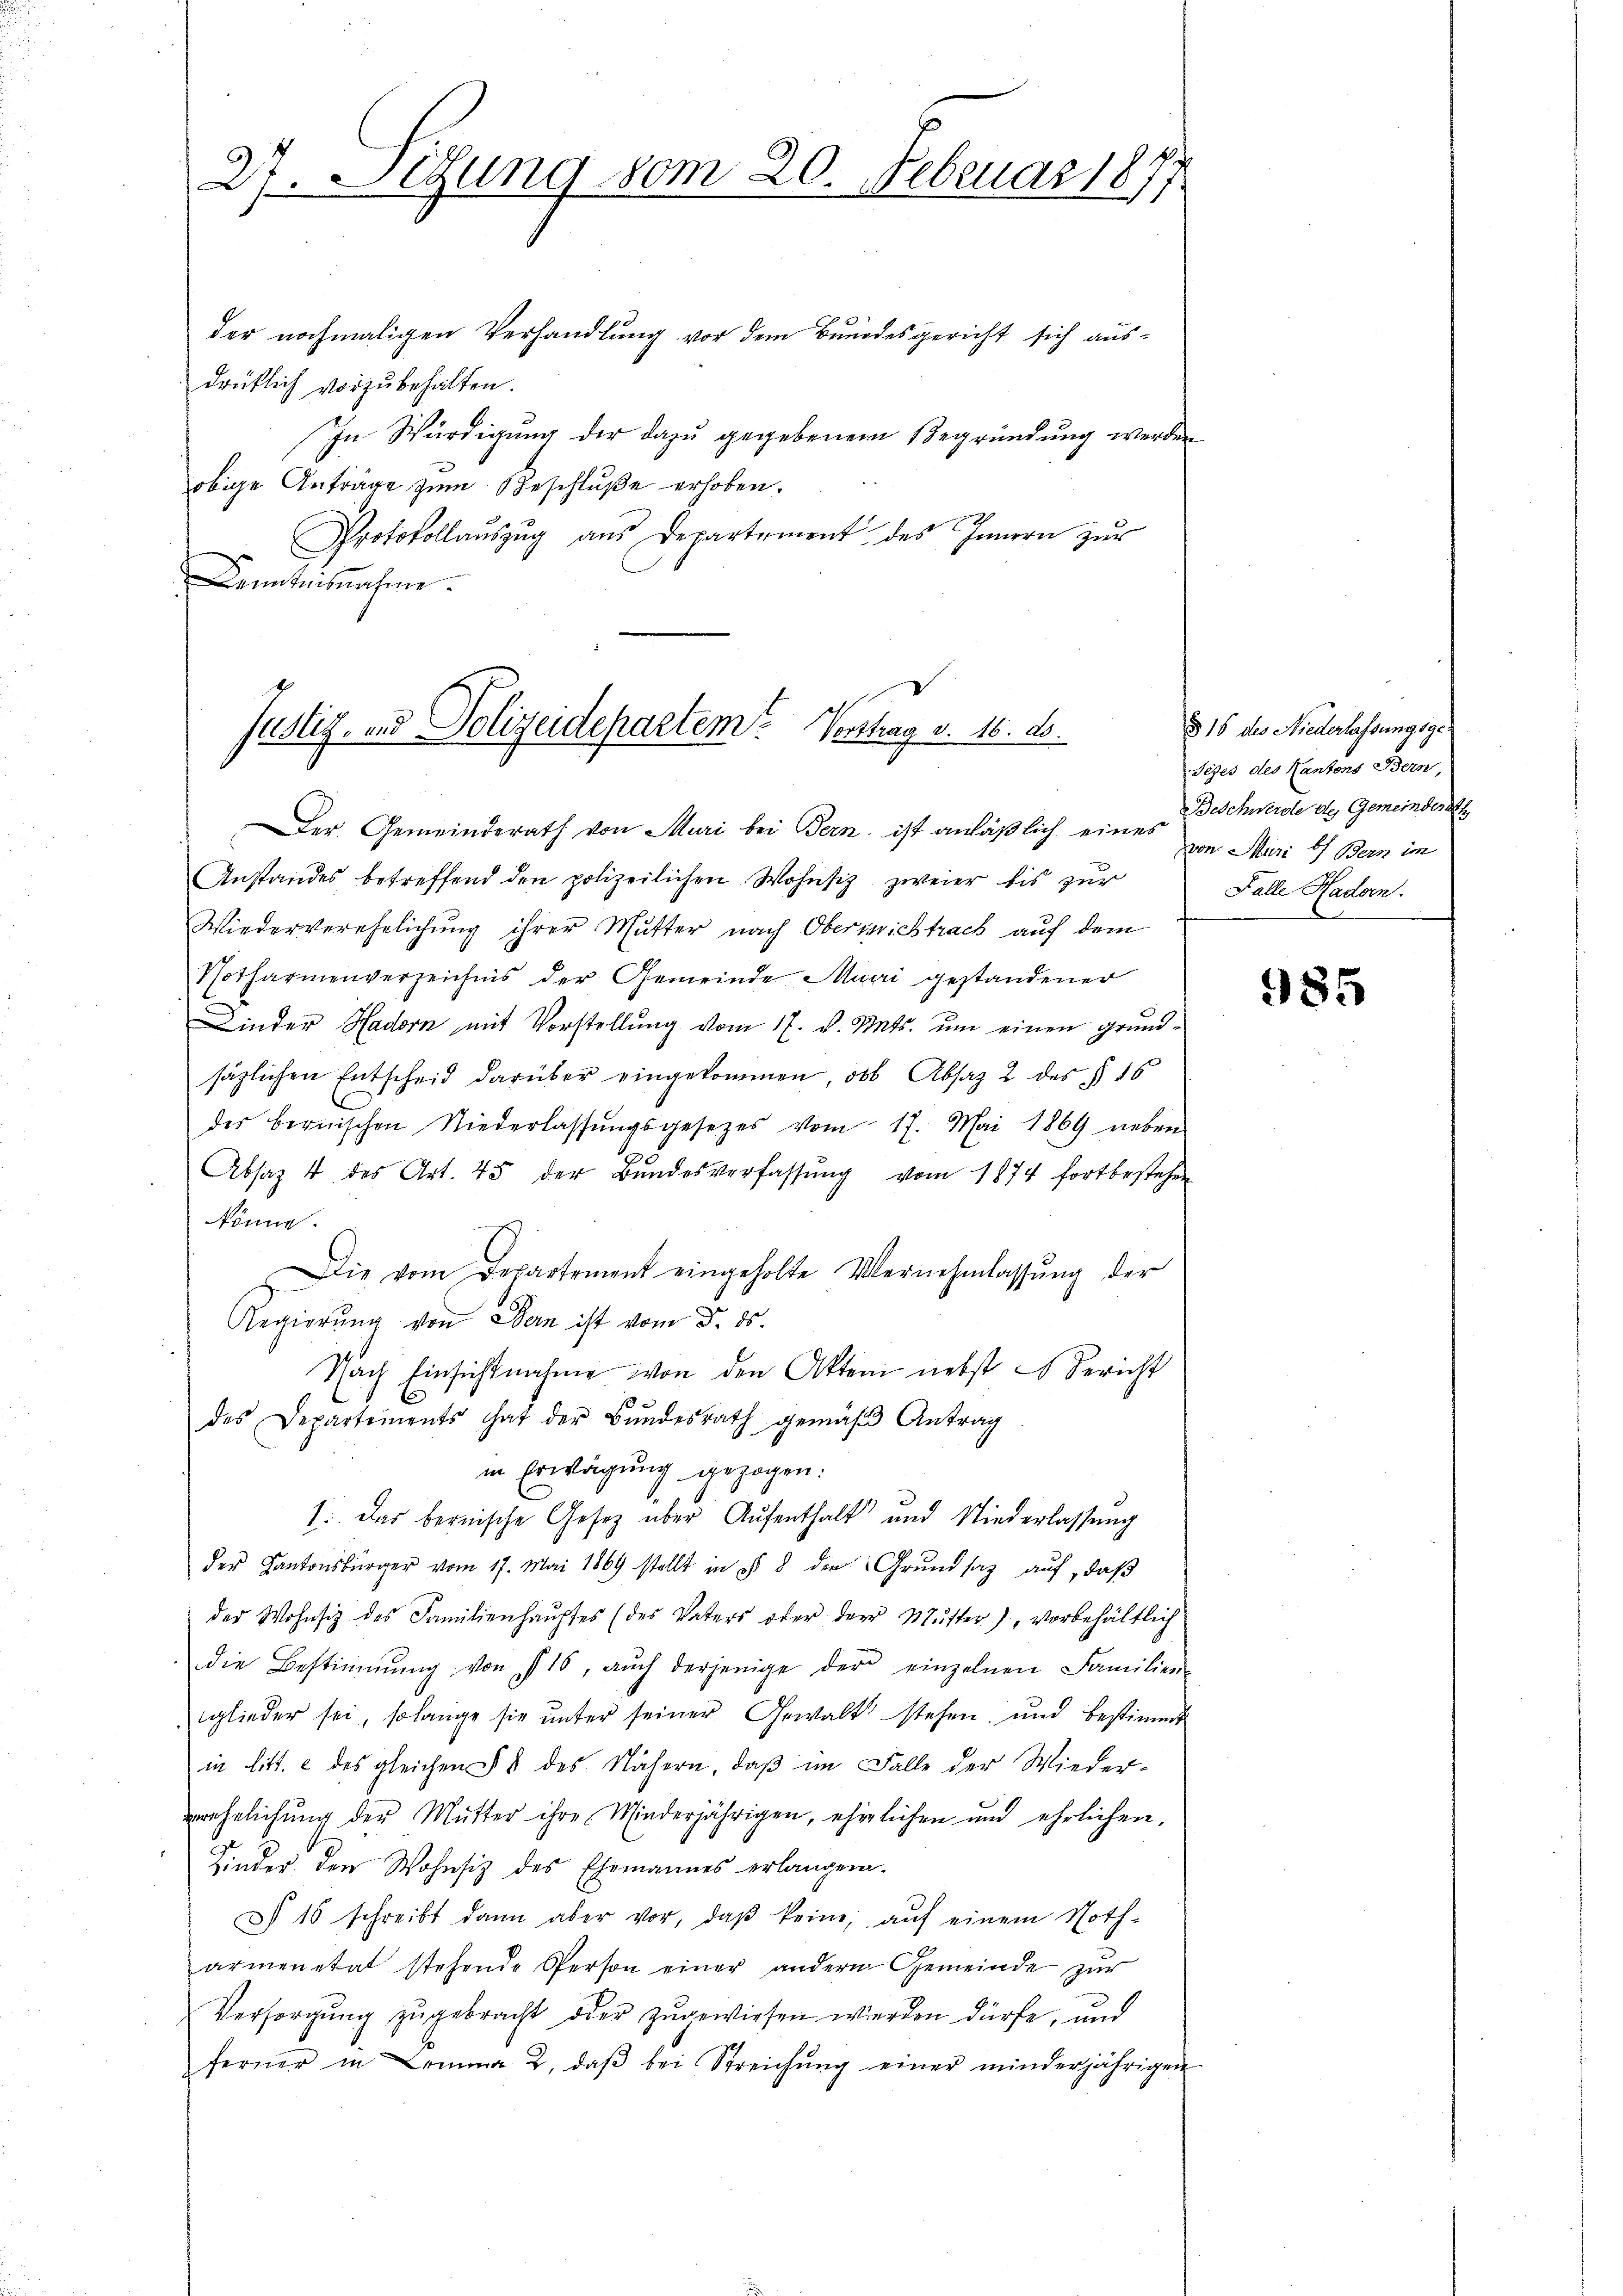
27. Segung vom 20. Februar 1877

der nochmaligen Verhandlung vor dem Bundesgericht sich aus-
drüklich vorzŭbehalten.
In Würdigung der dazu gegebenem Begründung werden
obige Anträge zum Beschluße erhoben.
Protokollaŭszŭg aŭs Departement des Innern zŭr
s
Dentesnahme.

Justiz- und Polizeidepartem Vorstag v. 16. ds.

Der Gemeinderath von Muri bei Bern, ist anläßlich eines
Anstandes betreffend den polizeilichen Wohnsiz zweier bis zur
Wiederverehelichung ihrer Mutter nach Obersichtrack auf dem
Potharmenverzeichnis der Gemeinde Muri gestandener
Linder Hadorn mit Vorstellung vom 17. v. Mts. um einen Grundsäzlichen Entscheid darüber eingekommen, ob Absatz 2 des § 16
des bernischen Niederlassŭngsgesetzes vom 17. Mai 1869 neben
Absaz 4 des Art. 45 der Bŭndesverfassŭng vom 1874 fortbestehen
könne.
Die vom Departement eingeholte Vernehmlassŭng der
Regierŭng von Bern ist vom 8. ds.
Nach Einsichtnahme von den Akten nebst es Bericht
des Departements hat der Bŭndesrath gemäβ Antrag
in Erwägung gezogen.
s. Das bernische Gesetz über Aufenthalt und Niederlassŭng
der Kantonsbürger vom 17. Mai 1869 stellt in § 8 die Grundsatz auf, daß
der Wohnsiz des Familienhaŭptes (des Vaters oder der Mŭtter), vorbehältlich
die Bestimmung von 116, aŭch derjenige der einzelnen Familien-
glieder sei, solange sie unter seiner Gewalt stehen, und bestimmt
in litt. c des gleichen § 8 des Nähern, daß im Falle der Wieder-
verehelichŭng der Mutter ihre Minderjährigen, ehelichen und ehrlichen,
Kinder, den Wohnsitz des Ehemannes erlängern.
§ 16 schreibt dann aber vor, daβ keine, aŭf einem Noth-
armenetat stehende Person einer andern Gemeinde zur
Versorgŭng zugebracht der zugewiesen werden dürfe, und
ferner in Lemma 2. daβ bei Streichŭng einer minderjährigen

§ 15 des Niederlassungsge¬
Seges des Kantons Bern,
Beschwerde des Gemeinderath
von Muri b) Bern im
Falle Hadorn.

985